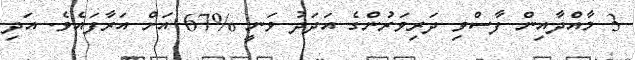
3 މާއްދާއިން ފާސްވި ދަރިވަރުންގެ އަދަދު ވަނީ %67 އަށް އަރާފައެވެ. އަދި